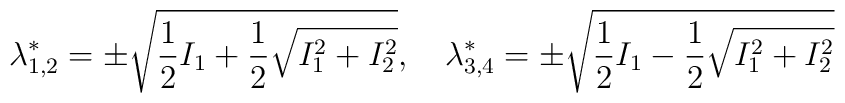
\lambda^*_{1,2}=\pm \sqrt{\frac12 I_1 +\frac12 \sqrt{I_1^2+I_2^2}} ,\quad\lambda^*_{3,4}=\pm \sqrt{\frac12 I_1 -\frac12 \sqrt{I_1^2+I_2^2}}